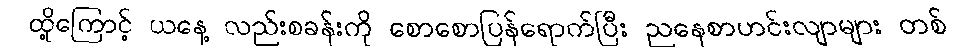
ထို့ကြောင့် ယနေ့ လည်းစခန်းကို စောစောပြန်ရောက်ပြီး ညနေစာဟင်းလျာများ တစ်